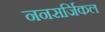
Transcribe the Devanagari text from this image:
ननसर्जिकल